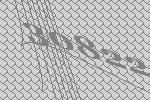
30822